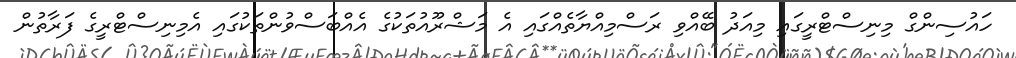
ހައުސިންގް މިނިސްޓްރީގައި މިއަދު ބޭއްވި ރަސްމިއްޔާތެއްގައި އެ މަޝްރޫއުތަކުގެ އެއްބަސްވުންތަކުގައި އެމިނިސްޓްރީގެ ފަރާތުން